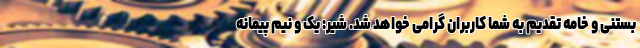
بستنی و خامه تقدیم به شما کاربران گرامی خواهد شد. شیر: یک و نیم پیمانه